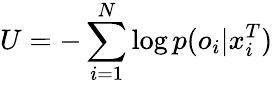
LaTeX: U=-\sum_{i=1}^{N}\log p(o_{i}|x_{i}^{T})